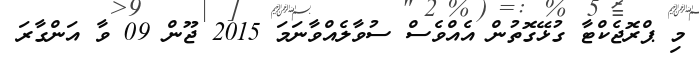
މި ޕްރޮޖެކްޓާ ގުޅޭގޮތުން އެއްވެސް ސުވާލެއްވާނަމަ 2015 ޖޫން 09 ވާ އަންގާރަ